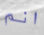
انم